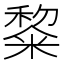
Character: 𮇵